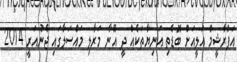
އަފްރާޝީމް އަލީއަށް ބޮޑެތި އަނިޔާތަކެއް ދީ އޭނާ މަރާލި މައްސަލާގައި ޖެނުއަރީ 2014